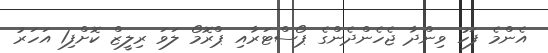
އެންމެ ފަހު ވިންދާ ޖެހެންދެންގެ ޕޯސްޓަރާއި ޕްރޮމޯ ލަވަ ރިލީޒް ކޮށްފި1 އަހަރު